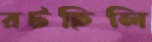
রটছিলি